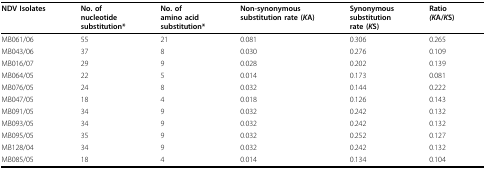
<table><thead><tr><td><b>NDV Isolates</b></td><td><b>No. ofnucleotidesubstitution*</b></td><td><b>No. ofamino acidsubstitution*</b></td><td><b>Non-synonymoussubstitution rate (<i>K</i>A)</b></td><td><b>Synonymoussubstitutionrate (<i>K</i>S)</b></td><td><b>Ratio<i>(K</i>A/<i>K</i>S)</b></td></tr></thead><tbody><tr><td>MB061/06</td><td>55</td><td>21</td><td>0.081</td><td>0.306</td><td>0.265</td></tr><tr><td>MB043/06</td><td>37</td><td>8</td><td>0.030</td><td>0.276</td><td>0.109</td></tr><tr><td>MB016/07</td><td>29</td><td>9</td><td>0.028</td><td>0.202</td><td>0.139</td></tr><tr><td>MB064/05</td><td>22</td><td>5</td><td>0.014</td><td>0.173</td><td>0.081</td></tr><tr><td>MB076/05</td><td>24</td><td>8</td><td>0.032</td><td>0.144</td><td>0.222</td></tr><tr><td>MB047/05</td><td>18</td><td>4</td><td>0.018</td><td>0.126</td><td>0.143</td></tr><tr><td>MB091/05</td><td>34</td><td>9</td><td>0.032</td><td>0.242</td><td>0.132</td></tr><tr><td>MB093/05</td><td>34</td><td>9</td><td>0.032</td><td>0.242</td><td>0.132</td></tr><tr><td>MB095/05</td><td>35</td><td>9</td><td>0.032</td><td>0.252</td><td>0.127</td></tr><tr><td>MB128/04</td><td>34</td><td>9</td><td>0.032</td><td>0.242</td><td>0.132</td></tr><tr><td>MB085/05</td><td>18</td><td>4</td><td>0.014</td><td>0.134</td><td>0.104</td></tr></tbody></table>